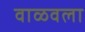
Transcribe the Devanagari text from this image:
वाळवला